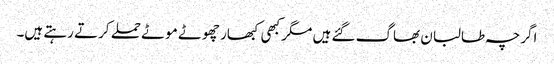
اگرچہ طالبان بھاگ گئے ہیں مگر کبھی کبھار چھوٹے موٹے حملے کرتے رہتے ہیں۔